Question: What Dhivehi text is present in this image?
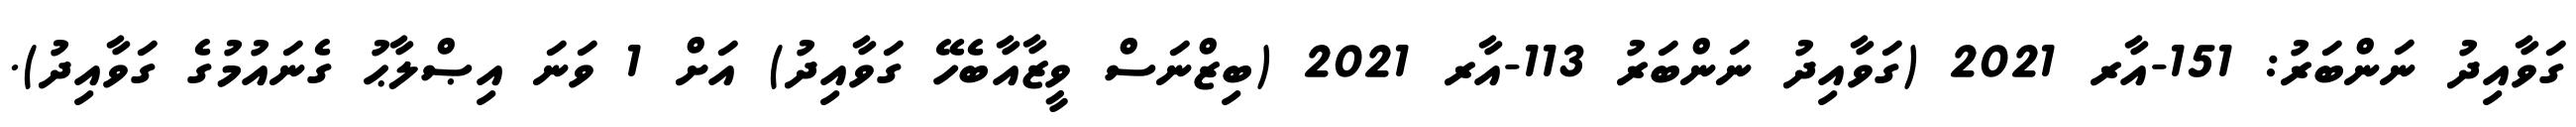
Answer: ގަވާއިދު ނަންބަރު: 151-އާރ 2021 (ގަވާއިދު ނަންބަރު 113-އާރ 2021 (ބިޒްނަސް ވީޒާއާބެހޭ ގަވާއިދު) އަށް 1 ވަނަ އިޞްލާޙު ގެނައުމުގެ ގަވާއިދު).